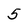
Character: 5